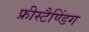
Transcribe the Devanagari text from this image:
फ्रीस्टैण्डिंग